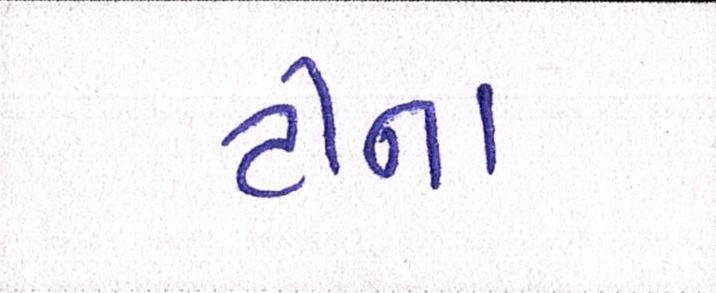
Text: ટીના